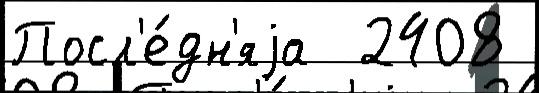
Посл'е́дн'яjа  2408